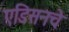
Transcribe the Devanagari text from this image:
एडिसनचे